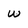
Character: w